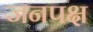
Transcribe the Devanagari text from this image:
जनपक्ष